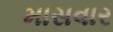
માસવાર